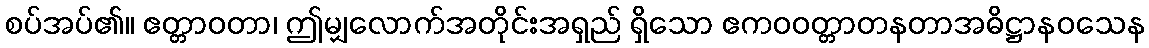
စပ်အပ်၏။ ဧတ္တာဝတာ၊ ဤမျှလောက်အတိုင်းအရှည် ရှိသော ဧကဝဝတ္တာတနတာအဓိဋ္ဌာနဝသေန